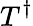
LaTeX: T^{\dagger}